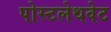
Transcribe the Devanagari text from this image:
पोस्टलेथवेट